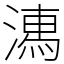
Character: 𣽉